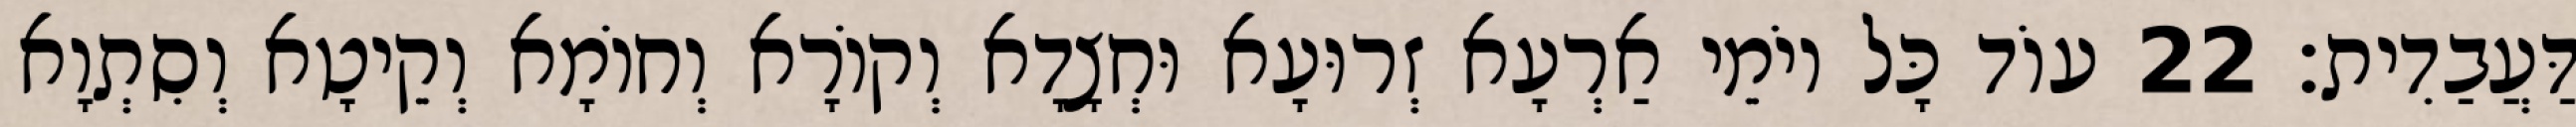
דַּעֲבַדִית׃ 22 עוֹד כָּל יוֹמֵי אַרְעָא זְרוּעָא וּחְצָדָא וְקוֹרָא וְחוֹמָא וְקֵיטָא וְסִתְוָא